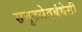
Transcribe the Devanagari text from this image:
समुद्रसेतुबंधेसी